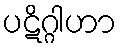
ပဋိဂ္ဂါဟာ